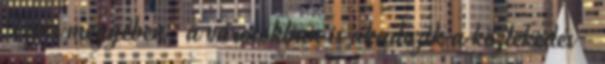
Fejér megyében, a városokban is akadozik a közlekedés -